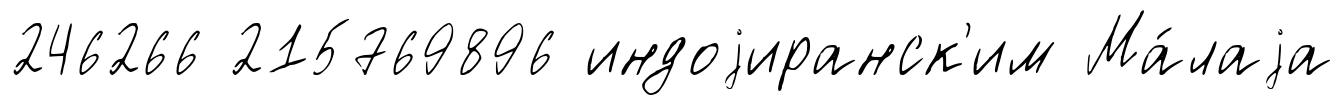
246266 215769896 индоjиранск'им Ма́лаjа